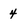
Character: 4